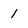
Character: 1